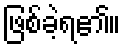
ဖြစ်ခဲ့ရ၏။